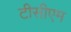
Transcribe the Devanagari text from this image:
टीसीएम